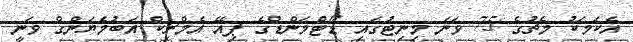
އެކަމަކު މެޗުގެ 75 ވަނަ މިނިޓުގައި ޑޯޓްމަންޑްގެ ޕިއޭ އެމްރިކް އަބުމެޔަންގް ވަނީ